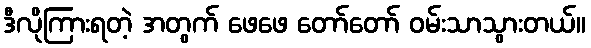
ဒီလိုကြားရတဲ့ အတွက် ဖေဖေ တော်တော် ဝမ်းသာသွားတယ်။